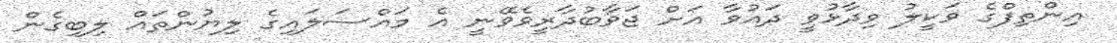
އިންތިފްގެ ވަކީލު ވިދާޅުވީ ދައުވާ އަށް ޖަވާބުދާރީވެވޭނީ އެ މައްސަލައިގެ ލިޔުންތައް ލިބިގެން